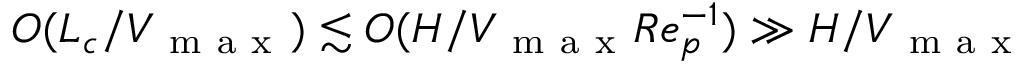
O ( L _ { c } / V _ { \mathrm { ~ m ~ a ~ x ~ } } ) \lesssim O ( H / V _ { \mathrm { ~ m ~ a ~ x ~ } } R e _ { p } ^ { - 1 } ) \gg H / V _ { \mathrm { ~ m ~ a ~ x ~ } }